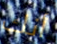
أنك